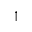
\uparrow